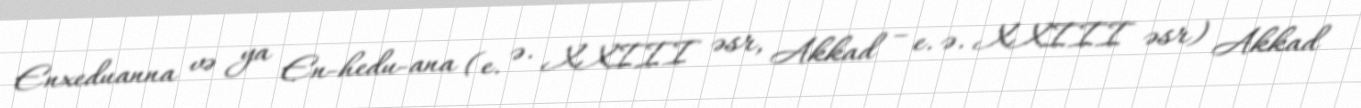
Enxeduanna və ya En-hedu-ana (e. ə. XXIII əsr, Akkad – e. ə. XXIII əsr) Akkad